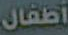
أطفال